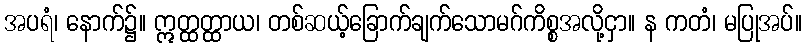
အပရံ၊ နောက်၌။ ဣတ္ထတ္ထာယ၊ တစ်ဆယ့်ခြောက်ချက်သောမဂ်ကိစ္စအလို့ငှာ။ န ကတံ၊ မပြုအပ်။